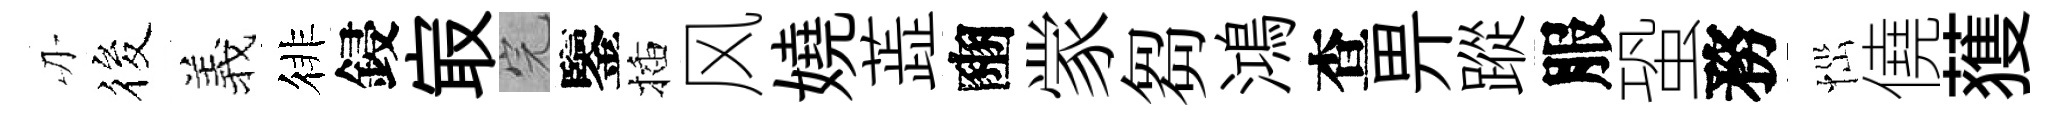
刃筱羲徘鋟㝡完鑒插风嬈蕋豳䝉芻鴻查畀蹤服蛩務𢙉僥𫉬